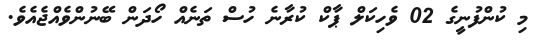
މި ކުންފުނީގެ 02 ވެހިކަލް ޕާކް ކުރާނެ ހުސް ތަނެއް ހޯދަން ބޭނުންވެއްޖެއެވެ.